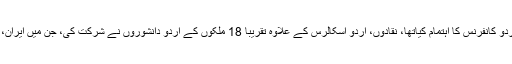
خیال رہے کہ قومی اردو کونسل نے گزشتہ 17 مارچ کو اس سہ روزہ عالمی اردو کانفرنس کا اہتمام کیاتھا، نقادوں، اردو اسکالرس کے علاوہ تقریباً 18 ملکوں کے اردو دانشوروں نے شرکت کی، جن میں ایران، قطر، دوبئی ازبکستان ، ترکی ، کناڈا، ماریشس کے اردو اسکالرس شامل تھے ۔